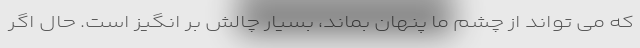
که می تواند از چشم ما پنهان بماند، بسیار چالش بر انگیز است. حال اگر